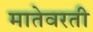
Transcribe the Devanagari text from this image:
मातेवरती